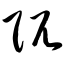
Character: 阢